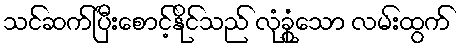
သင်ဆက်ပြီးစောင့်နိုင်သည် လုံခွုံသော လမ်းထွက်